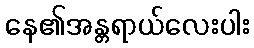
နေ၏အန္တရာယ်လေးပါး